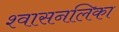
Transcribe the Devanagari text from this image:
श्‍वासनलिका